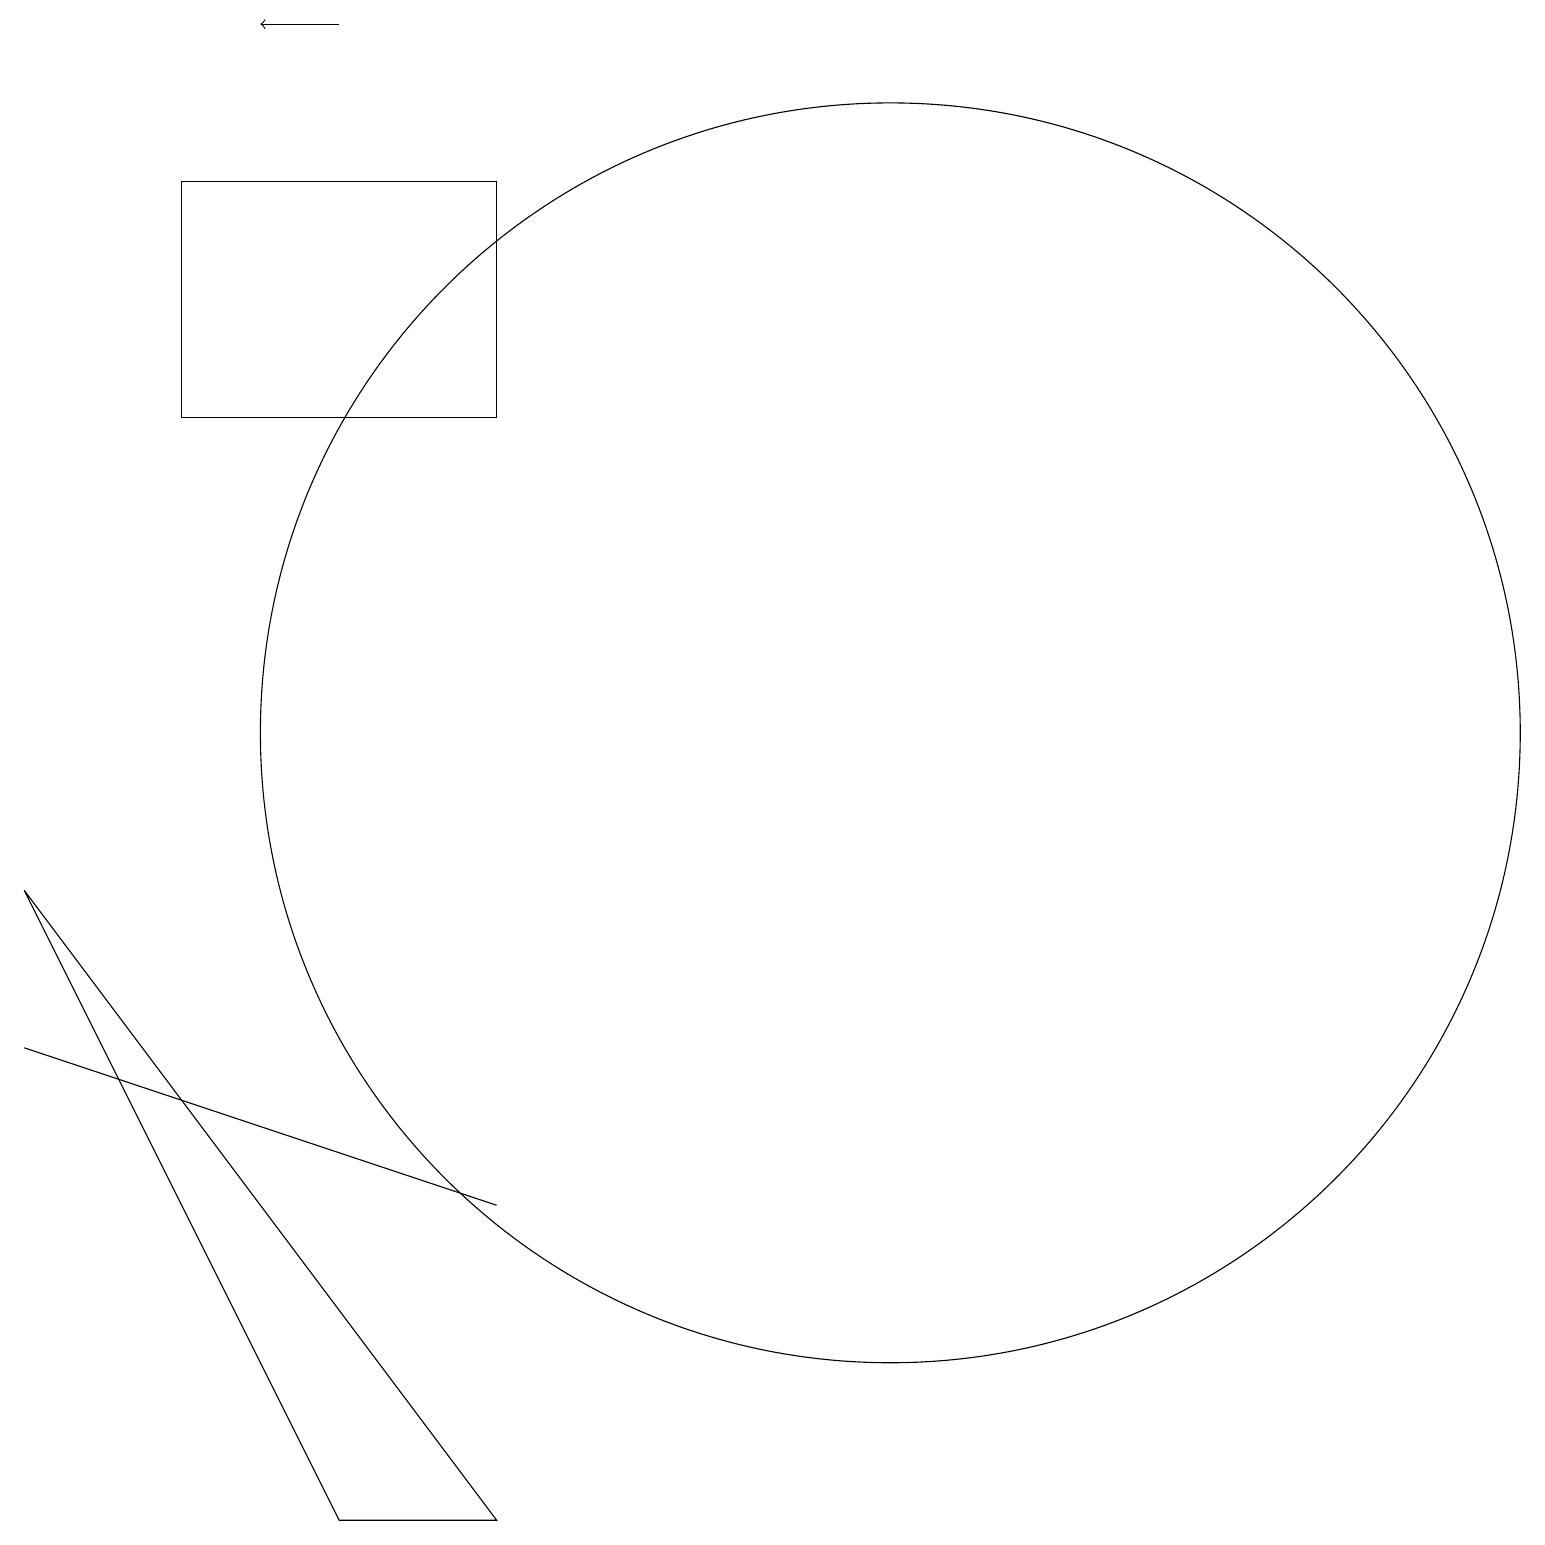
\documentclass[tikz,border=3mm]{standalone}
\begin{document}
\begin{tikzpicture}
\draw[->] (5,19) -- (4,19);
\draw (12,10) circle (8);
\draw (7,4) -- (1,6) -- (7,4) -- cycle;
\draw (7,14) rectangle (3,17);
\draw (1,8) -- (7,0) -- (5,0) -- cycle;
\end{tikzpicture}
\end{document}